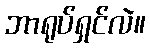
ဘာရုပ်ရှင်လဲ။